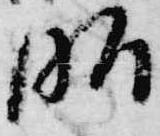
昭